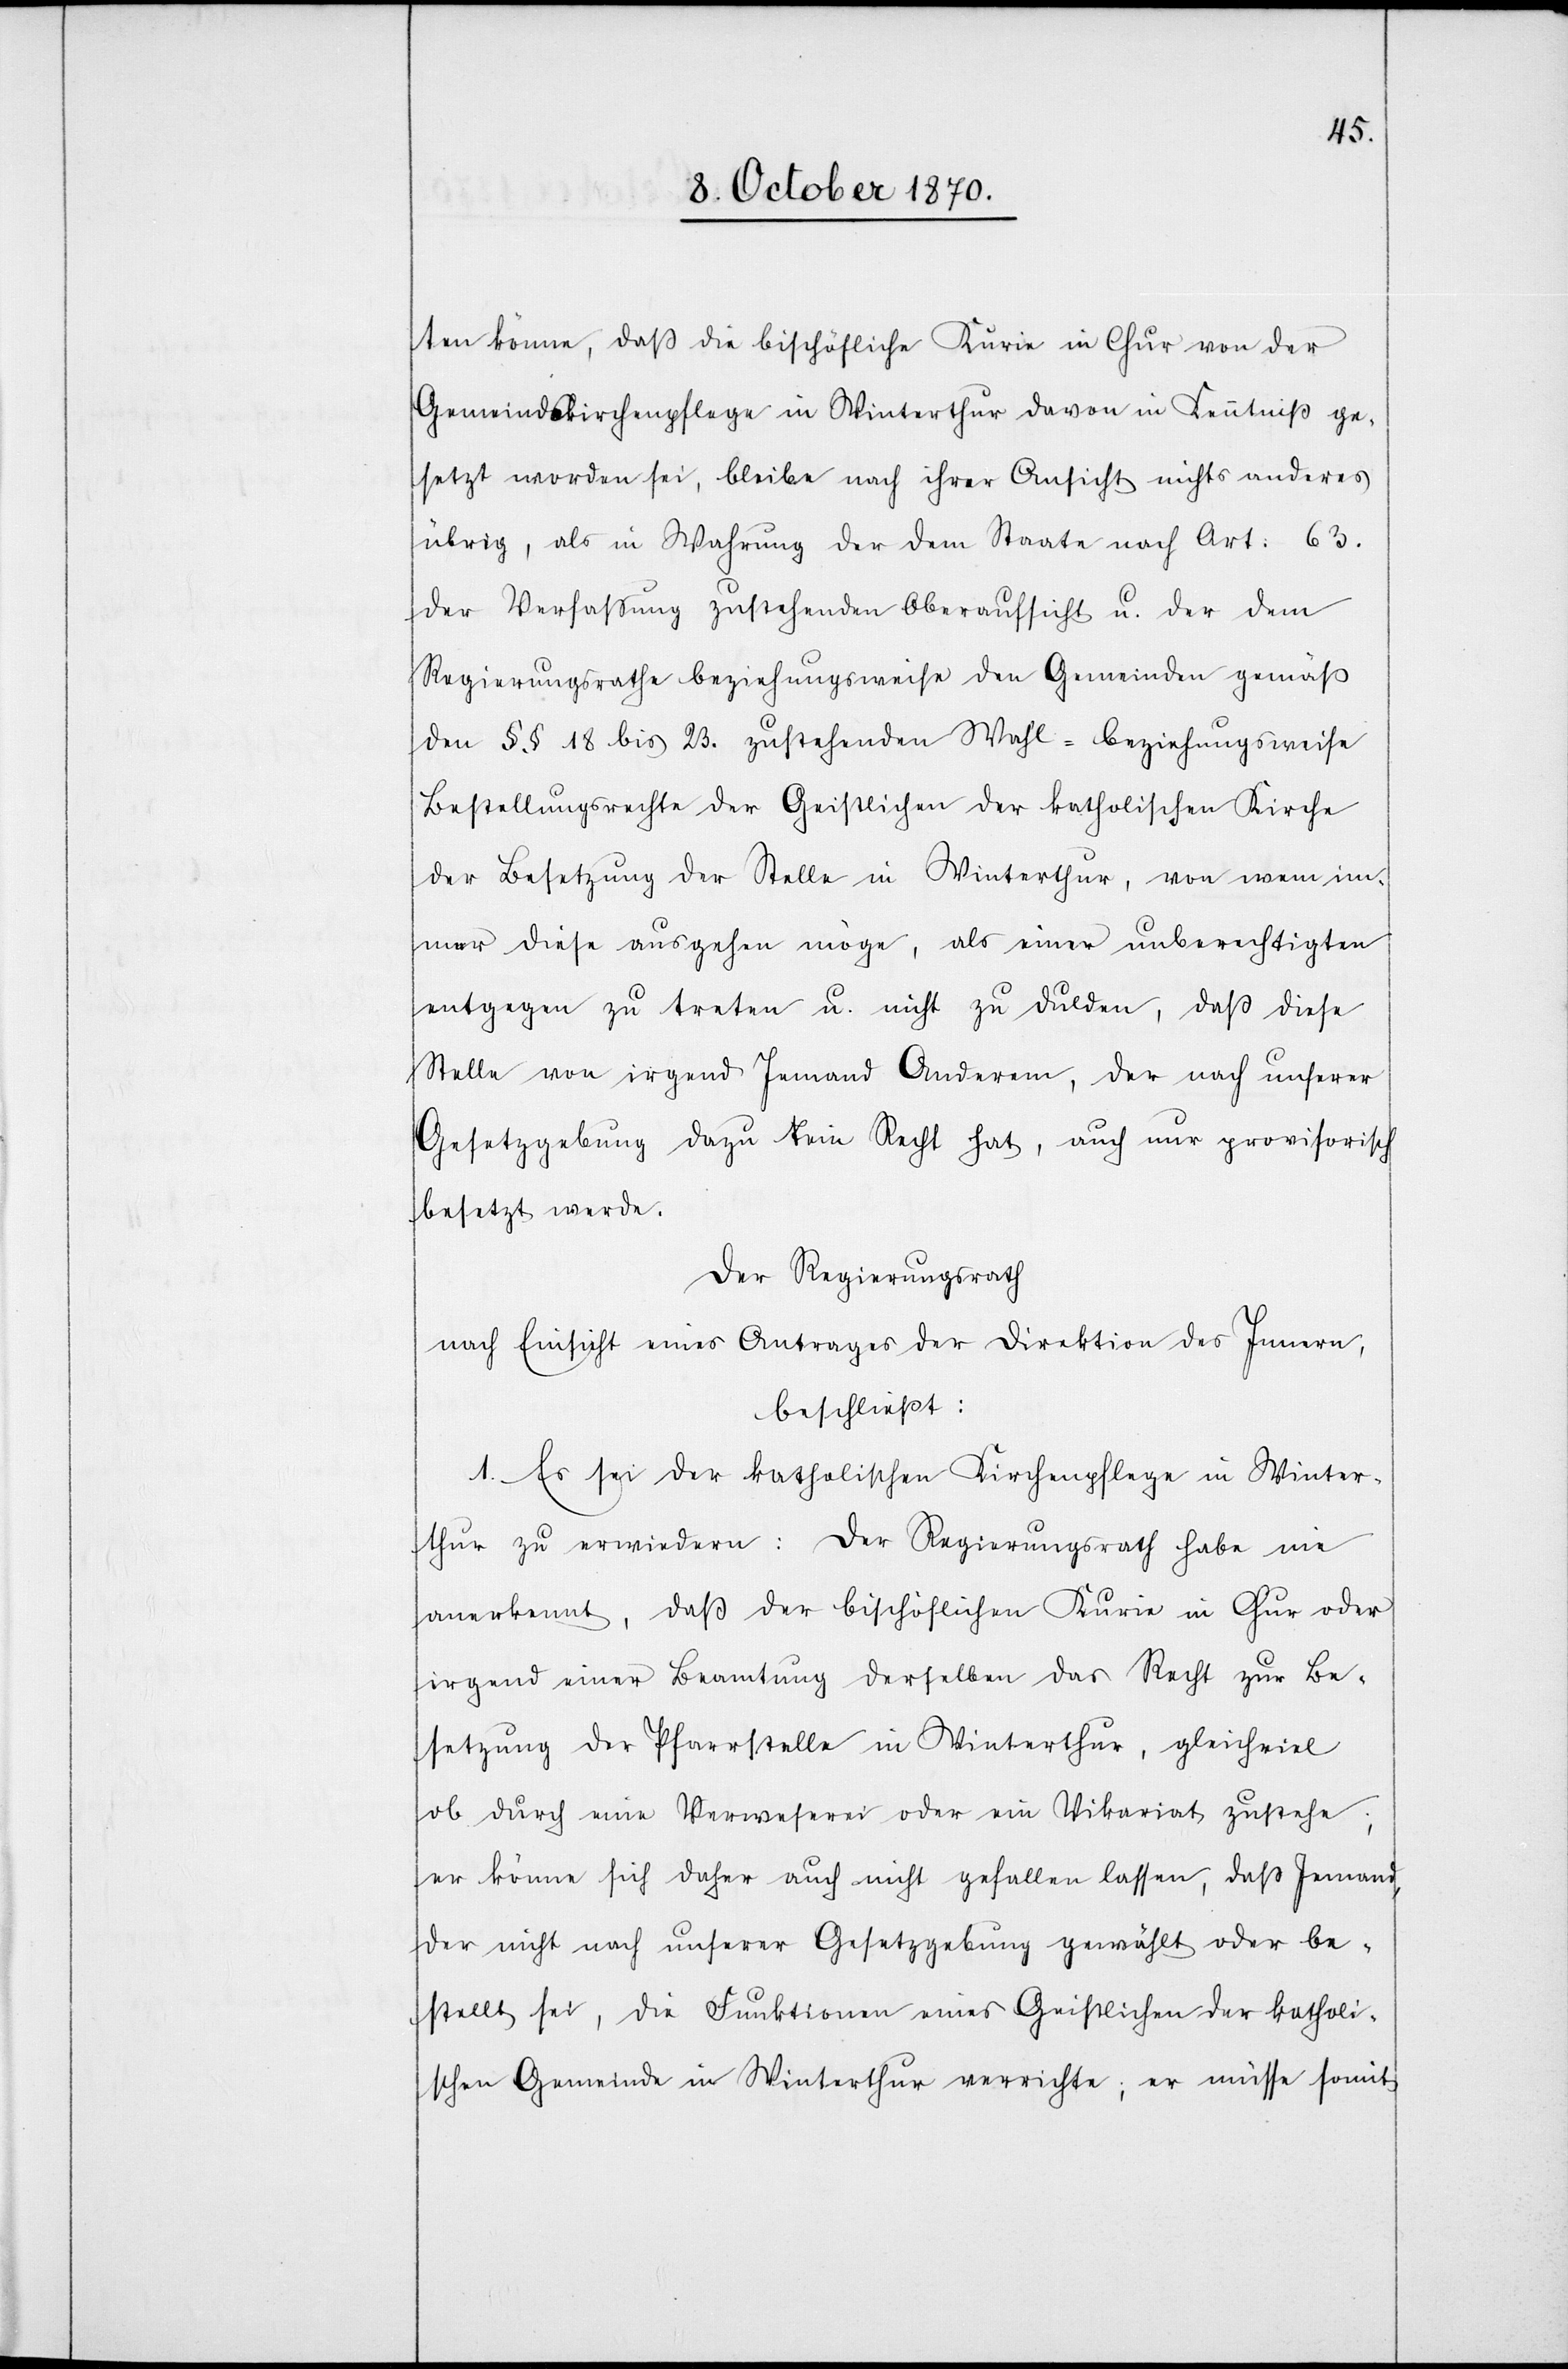
ten könne, daß die bischöfliche Kurie in Chur von der
Gemeindskirchenpflege in Winterthur davon in Kenntniß ge¬
setzt worden sei, bleibe nach ihrer Ansicht nichts anderes
übrig, als in Wahrung der dem Staate nach Art: 63.
der Verfassung zustehenden Oberaufsicht u. der dem
Regierungsrathe beziehungsweise den Gemeinden gemäß
den §§ 18 bis 23. zustehenden Wahl- beziehungsweise
Bestellungsrechte der Geistlichen der kathollischen Kirche
der Besetzung der Stelle in Winterthur, von wem im¬
mer diese ausgehen möge, als einer unberechtigten
entgegen zu treten u. nicht zu dulden, daß diese
Stelle von irgend Jemand Anderem, der nach unserer
Gesetzgebung dazu kein Recht hat, auch nur provisorisch
besetzt werde.
Der Regierungsrath
nach Einsicht eines Antrages der Direktion des Innern,
beschließt:
1. Es sei der katholischen Kirchenpflege in Winter¬
thur zu erwiedern: Der Regierungsrath habe nie
anerkannt, daß der bischöflichen Kurie in Chur oder
irgend einer Beamtung derselben das Recht zu Be¬
setzung der Pfarrstelle in Winterthur, gleichweise
ob durch eine Verweserei oder ein Vikariat zustehe;
er könne sich daher auch nicht gefallen lassen, daß Jemand,
der nicht nach unserer Gesetzgebung gewählt oder be¬
stellt sei, die Funktionen eines Geistlichen der katholi¬
schen Gemeinde in Winterthur verrichte; er müsse somit